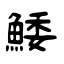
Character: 鯘